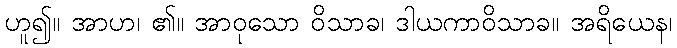
ဟူ၍။ အာဟ၊ ၏။ အာဝုသော ဝိသာခ၊ ဒါယကာဝိသာခ။ အရိယေန၊